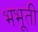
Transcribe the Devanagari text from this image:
भभूती